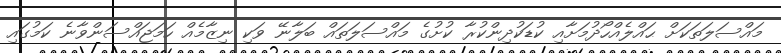
މައްސަލަތަކަށް ޙައްލެއްހޯދުމަށާއި ކުޑަކުދިންކުރާ ކުށުގެ މައްސަލަތައް ބަލާނޭ ވަކި ނިޒާމެއް ހަމަޖައްސަންވާނެ ކަމުގައި